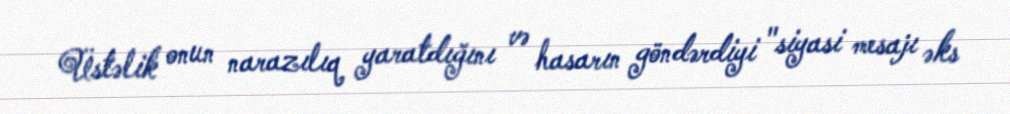
Üstəlik onun narazılıq yaratdığını və hasarın göndərdiyi "siyasi mesajı əks